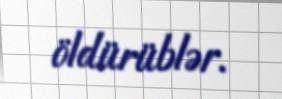
öldürüblər.